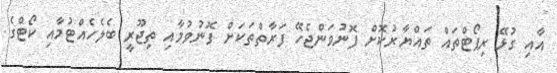
އާއި ގުޅޭ ރިޕޯޓްތައް ތައްޔާރުކޮށް ފޮނުވަންޖެހޭ ފަރާތްތަކަށް ފޮނުވުމާއި ތިޖޫރީ ބެލެހެއްޓުމާއި ކޯޓްގެ